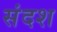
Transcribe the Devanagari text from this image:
संदश